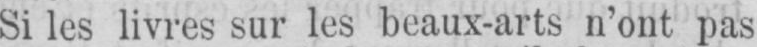
Si les livres sur les beaux-arts n’ont pais